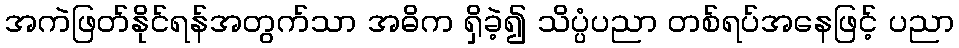
အကဲဖြတ်နိုင်ရန်အတွက်သာ အဓိက ရှိခဲ့၍ သိပ္ပံပညာ တစ်ရပ်အနေဖြင့် ပညာ